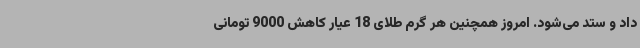
داد و ستد می‌شود. امروز همچنین هر گرم طلای 18 عیار کاهش 9000 تومانی